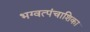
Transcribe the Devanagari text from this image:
भग्वत्पंचाशिका